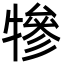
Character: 犙